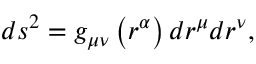
d s ^ { 2 } = g _ { \mu \nu } \left( r ^ { \alpha } \right) d r ^ { \mu } d r ^ { \nu } ,